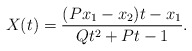
\begin{align*}X(t) = \frac{(Px_1-x_2)t-x_1}{Qt^2+Pt-1}.\end{align*}